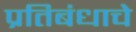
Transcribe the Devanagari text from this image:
प्रतिबंधाचे